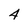
Character: 4